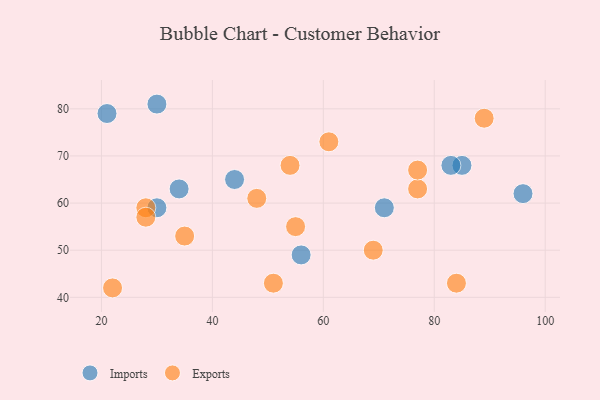
{"axis": {"x": "GDP", "y": "Life Expectancy"}, "legend": ["Exports", "Imports"], "data": [{"x": "44", "y": 65, "type": "Imports"}, {"x": "34", "y": 63, "type": "Imports"}, {"x": "85", "y": 68, "type": "Imports"}, {"x": "96", "y": 62, "type": "Imports"}, {"x": "71", "y": 59, "type": "Imports"}, {"x": "30", "y": 59, "type": "Imports"}, {"x": "30", "y": 81, "type": "Imports"}, {"x": "83", "y": 68, "type": "Imports"}, {"x": "56", "y": 49, "type": "Imports"}, {"x": "21", "y": 79, "type": "Imports"}, {"x": "61", "y": 73, "type": "Exports"}, {"x": "77", "y": 63, "type": "Exports"}, {"x": "77", "y": 67, "type": "Exports"}, {"x": "69", "y": 50, "type": "Exports"}, {"x": "22", "y": 42, "type": "Exports"}, {"x": "84", "y": 43, "type": "Exports"}, {"x": "51", "y": 43, "type": "Exports"}, {"x": "28", "y": 59, "type": "Exports"}, {"x": "54", "y": 68, "type": "Exports"}, {"x": "35", "y": 53, "type": "Exports"}, {"x": "55", "y": 55, "type": "Exports"}, {"x": "28", "y": 57, "type": "Exports"}, {"x": "89", "y": 78, "type": "Exports"}, {"x": "48", "y": 61, "type": "Exports"}]}